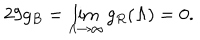
2 9 g _ { B } = \lim _ { \Lambda \rightarrow \infty } g _ { R } ( \Lambda ) = 0 .